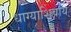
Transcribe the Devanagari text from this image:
धाग्याशिवाय